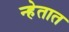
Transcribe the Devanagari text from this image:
न्हेतात